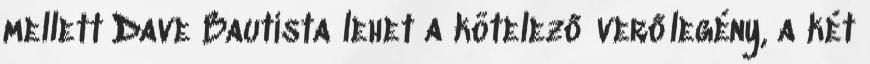
mellett Dave Bautista lehet a kötelező verőlegény, a két